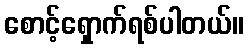
စောင့်ရှောက်ရစ်ပါတယ်။